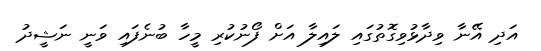
އަދި އޭނާ ވިދާޅުވިގޮތުގައި ލައިލާ އަށް ފޯނުކުރި މީހާ ބުނެފައި ވަނީ ނަޝީދު